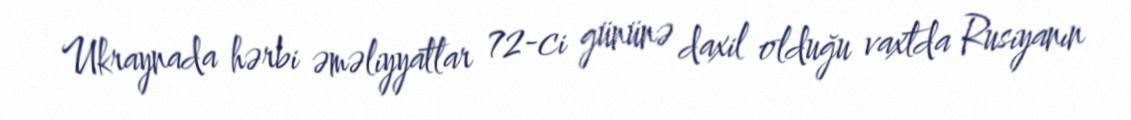
Ukraynada hərbi əməliyyatlar 72-ci gününə daxil olduğu vaxtda Rusiyanın